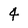
Character: 4